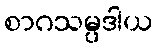
စာဂသမ္ပဒါယ